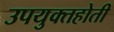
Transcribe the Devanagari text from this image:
उपयुक्तहोती